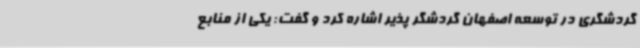
گردشگری در توسعه اصفهان گردشگر پذیر اشاره کرد و گفت: یکی از منابع